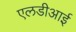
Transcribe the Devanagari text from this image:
एलडीआई